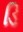
ડિ